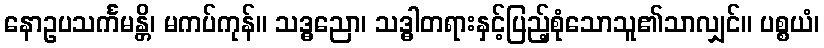
နောဥပသင်္ကမန္တိ၊ မကပ်ကုန်။ သဒ္ဓညော၊ သဒ္ဓါတရားနှင့်ပြည့်စုံသောသူ၏သာလျှင်။ ပစ္စယံ၊